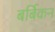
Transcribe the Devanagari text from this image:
बर्बिकन